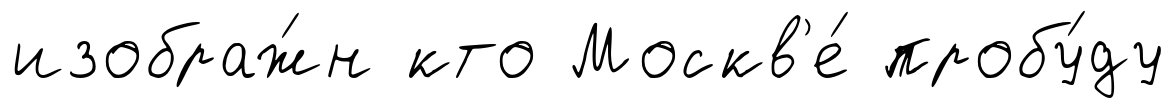
изображ́н кто Москв'е́ пробу́ду